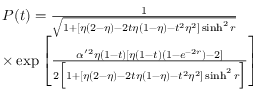
\begin{array} { r l } & { P ( t ) = \frac { 1 } { \sqrt { 1 + [ \eta ( 2 - \eta ) - 2 t \eta ( 1 - \eta ) - t ^ { 2 } \eta ^ { 2 } ] \sinh ^ { 2 } r } } } \\ & { \times \exp \left[ \frac { \alpha ^ { \prime 2 } \eta ( 1 - t ) [ \eta ( 1 - t ) ( 1 - e ^ { - 2 r } ) - 2 ] } { 2 \Big [ 1 + [ \eta ( 2 - \eta ) - 2 t \eta ( 1 - \eta ) - t ^ { 2 } \eta ^ { 2 } ] \sinh ^ { 2 } r \Big ] } \right] } \end{array}